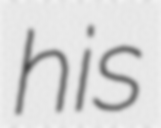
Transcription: his